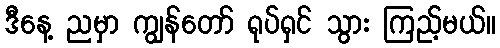
ဒီနေ့ ညမှာ ကျွန်တော် ရုပ်ရှင် သွား ကြည့်မယ်။